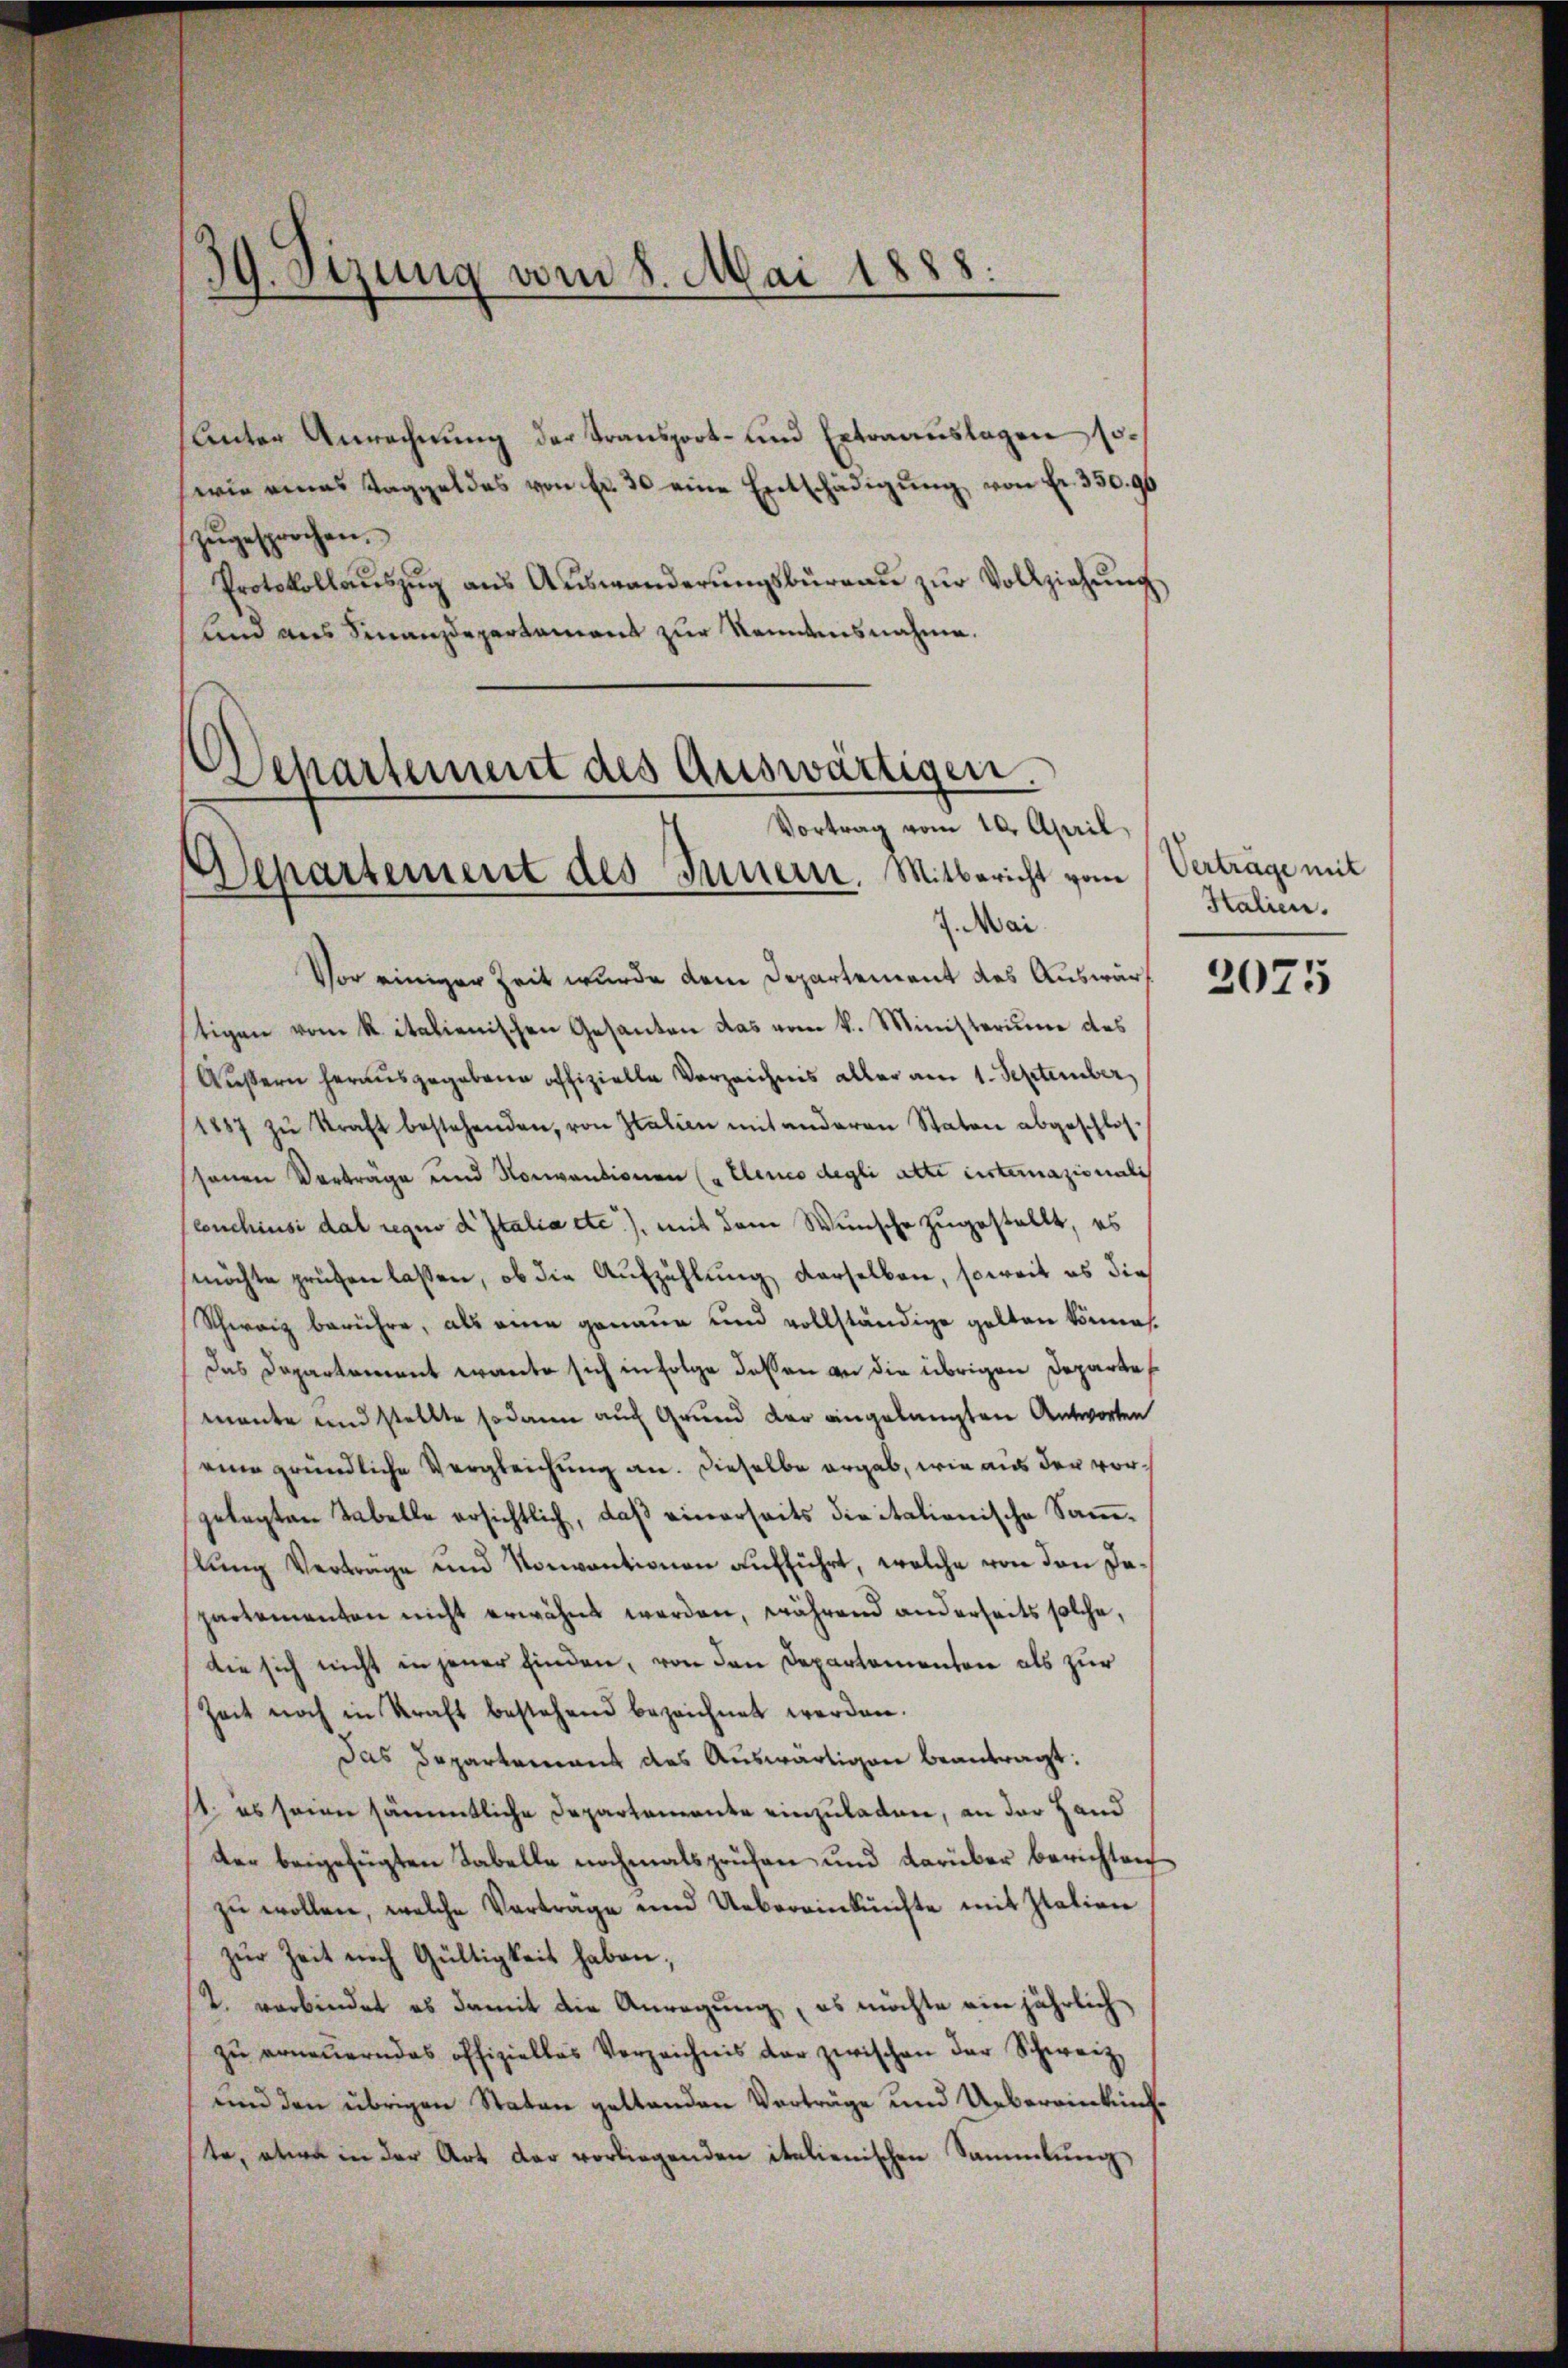
39. Sizung vom 8. Mai 1888.

Unter Anrechnung der Transport- und Extraauslagen sowie eines Taggeldes von fr. 30 eine Entschädigung von Fr. 350. 96
zŭgesprochen.
Protokollaŭszŭg ans Auswanderŭngsbüreau zur Vollziehung
und aus Finanzdepartament zur Rendensnahme.

Departement des Auswärtigen.
Vortrag vom 10. April,
Departement des Innern. Mitbericht vom Verträge mit
7. Mai

Vor einiger Zeit wurde dem Departement des Auswärtigen vom k. italienischen Gesanten das vom k. Ministerium des
Äussern herausgegebene offizielle Verzeichnis aller am 1. September,
1887 zŭ kraft bestehenden, von Italien mit anderen Staten abgeschlos-
senen Vorträge und Konventionen („Elenio degli atte eisternazionali
couchinsi dal regno d Italia etc.), mit dem Wunsche zugestellt, es
möchte prüfen lassen, ob die Aufzählung derselben, soweit es dies
Schweiz berühre, als eine genaue und vollständige gelten könne.
Das Departement warte sich in Folge dessen an die übrigen Departe
mante und stellte sodann auch Grund der angelangten Antworten
eine gründliche Vergleichung an. Dieselbe ergab, wie aus der vorgelegten Tabelle ersichtlich, daß einerseits die italionische Sammslung Vertrage und Vorantionen aufführt, welche von den Dapartementen nicht erwähnt werden, während anderseits solche,
die sich nicht in jener finden, von den Departementen als zur
Zeit noch in Kraft bestehend bezeichnet werden.
Das Departement des Auswärtigen beantragt:
st es seine sämmtliche Departemente einzuladen, an der Hand
der beigefügten Tabelle nochmalsprüfen und darüber berichten
zu wollen, welche Vortrage und Uebereinkünfte mit Italien
zur Zeit noch Gültigkeit haben;
2. verbindet es damit die Anregung, es möchte ein jährlich
zŭ erneuerndes offizielles Verzeichnis der zwischen der Schweiz.
und den übrigen Staten geltenden Verträge und Uebereinkünfte, etwa in der Art der vorliegenden italienischen Sammlung

Htalien.

2075